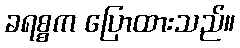
ခရစ္စက ပြောထားသည်။